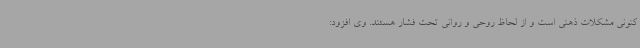
کنونی مشکلات ذهنی است و از لحاظ روحی و روانی تحت فشار هستند. وی افزود: